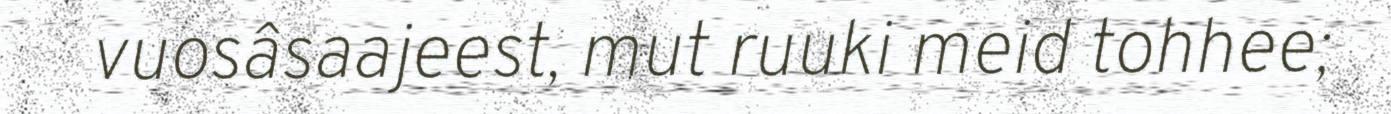
vuosâsaajeest, mut ruuki meid tohhee;